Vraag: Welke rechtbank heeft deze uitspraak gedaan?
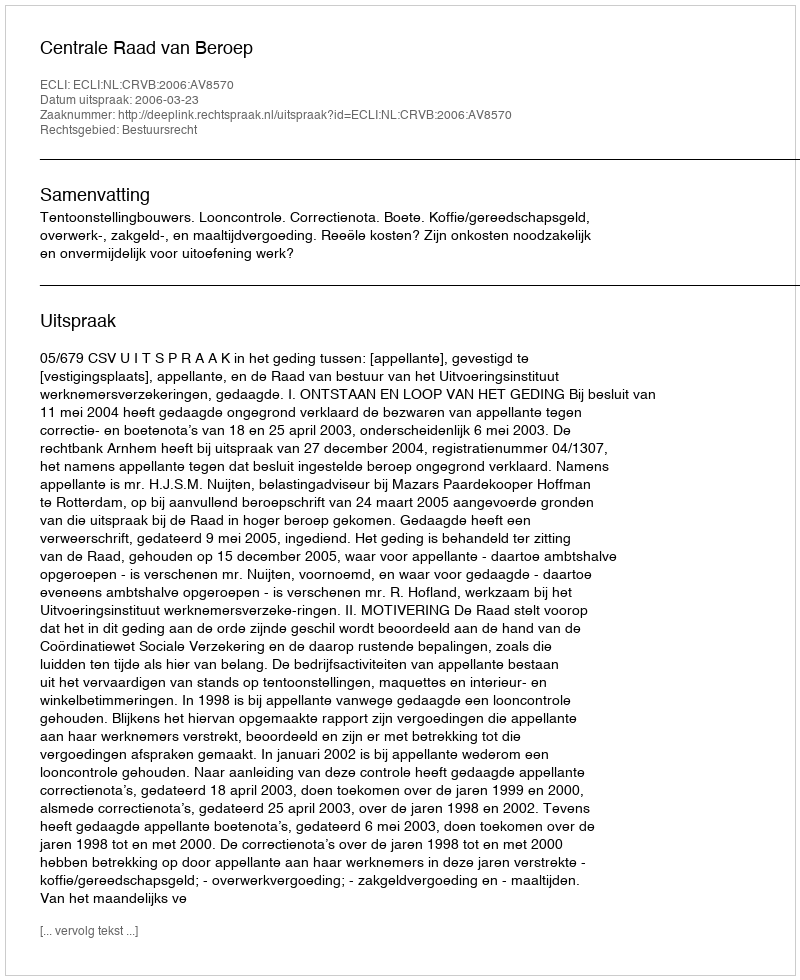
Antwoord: Centrale Raad van Beroep